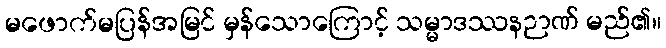
မဖောက်မပြန်အမြင် မှန်သောကြောင့် သမ္မာဒဿနဉာဏ် မည်၏။